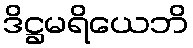
ဒိဋ္ဌမရိယေဘိ